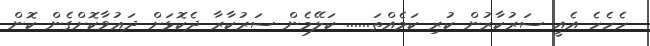
ހެހެހެ އެއީ ސަރުކާރުން ކުރި ކަމެއްތަ...... ކަލޭމެން ސަރުކާރާ ދެކޮޅަށް ދަޢުވާކޮށްގެން ކޮން